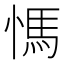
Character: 𰒀